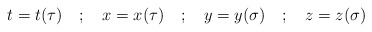
\begin{align*}t = t(\tau) \quad ; \quad x = x(\tau) \quad ; \quad y =y(\sigma) \quad ; \quad z = z(\sigma)\end{align*}